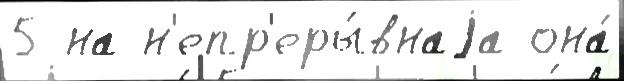
5 на н'епр'еры́внаjа она́